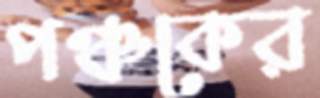
পঞ্চকের